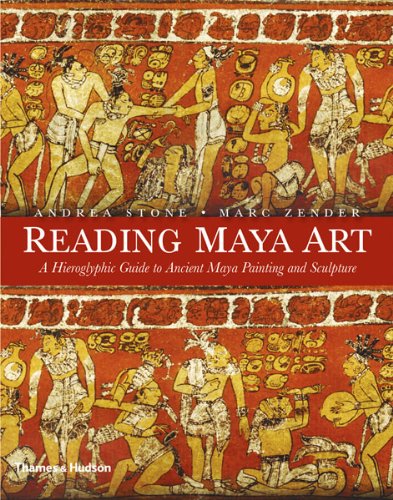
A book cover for Reading Maya Art: A Hieroglyphic Guide to Ancient Maya Painting and Sculpture; Andrea Stone; History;